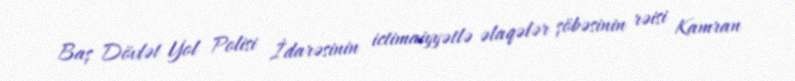
Baş Dövlət Yol Polisi İdarəsinin ictimaiyyətlə əlaqələr şöbəsinin rəisi Kamran